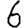
Digit: 6